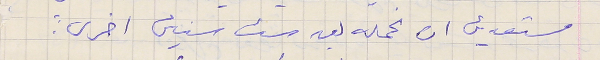
مستعدين ان نحمله بعد ست سنين اخرى."